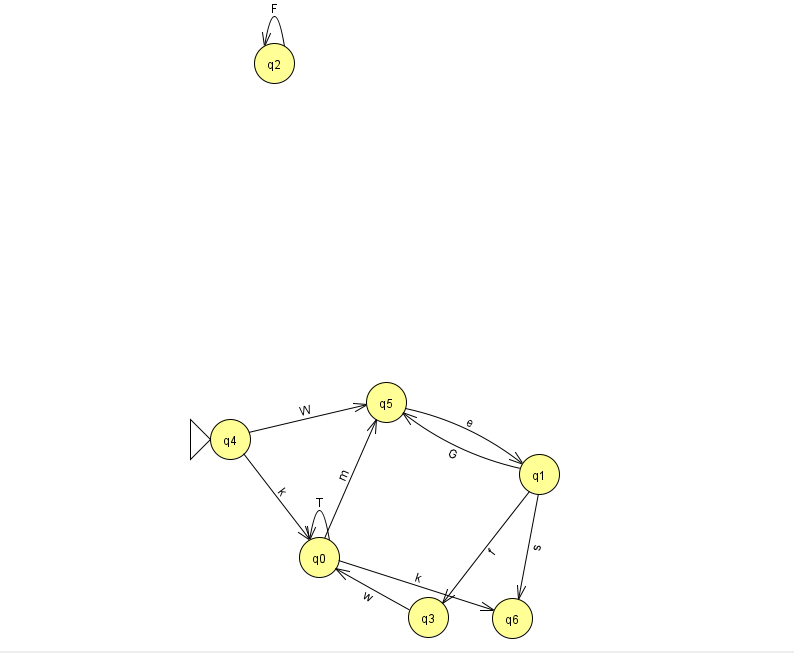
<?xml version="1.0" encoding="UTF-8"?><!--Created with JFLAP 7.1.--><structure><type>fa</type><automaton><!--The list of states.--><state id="0" name="q0"><x>319.0</x><y>544.0</y></state><state id="1" name="q1"><x>539.0</x><y>461.0</y></state><state id="2" name="q2"><x>274.0</x><y>50.0</y></state><state id="3" name="q3"><x>428.0</x><y>604.0</y></state><state id="4" name="q4"><x>230.0</x><y>426.0</y><initial/></state><state id="5" name="q5"><x>386.0</x><y>389.0</y></state><state id="6" name="q6"><x>512.0</x><y>605.0</y></state><!--The list of transitions.--><transition><from>1</from><to>5</to><read>G</read></transition><transition><from>4</from><to>5</to><read>W</read></transition><transition><from>1</from><to>6</to><read>s</read></transition><transition><from>5</from><to>1</to><read>e</read></transition><transition><from>0</from><to>0</to><read>T</read></transition><transition><from>1</from><to>3</to><read>f</read></transition><transition><from>2</from><to>2</to><read>F</read></transition><transition><from>3</from><to>0</to><read>w</read></transition><transition><from>0</from><to>5</to><read>m</read></transition><transition><from>0</from><to>6</to><read>k</read></transition><transition><from>4</from><to>0</to><read>k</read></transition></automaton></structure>